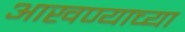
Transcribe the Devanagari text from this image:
आखण्याच्या